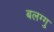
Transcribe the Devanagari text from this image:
बलग्गु